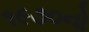
૧૯૭૦નો